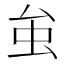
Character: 𧈧